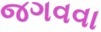
જગવવા